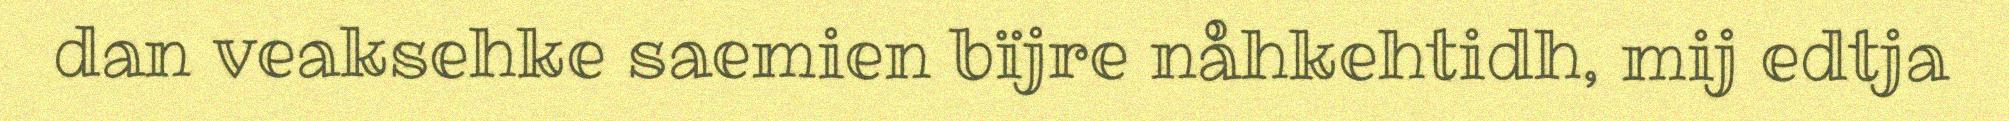
dan veaksehke saemien bïjre nåhkehtidh, mij edtja